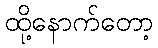
ထို့နောက်တော့